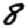
Digit: 8